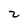
Character: 2